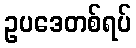
ဥပဒေတစ်ရပ်